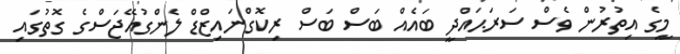
މީގެ އިތުރުން ވެސް ސަރަޙައްދީ ބައެއް ބަސް ބަސް ރިކޮގްނައިޒްޑް ލެންގުއޭޖަސްގެ ގޮތުގައި